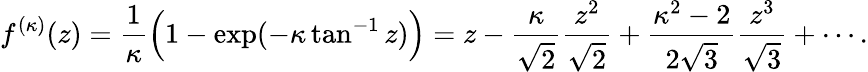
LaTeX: f^{(\kappa)}(z)=\frac{1}{\kappa}\Bigl(1-\exp(-\kappa\tan^{-1}z)\Bigr)=z-\frac{\kappa}{\sqrt{2}}\frac{z^{2}}{\sqrt{2}}+\frac{\kappa^{2}-2}{2\sqrt{3}}\frac{z^{3}}{\sqrt{3}}+\cdots.